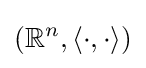
(\mathbb {R} ^{n},\langle \cdot ,\cdot \rangle )